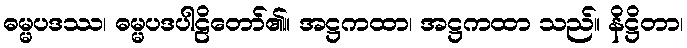
ဓမ္မပဒဿ၊ ဓမ္မပဒပါဠိတော်၏။ အဋ္ဌကထာ၊ အဋ္ဌကထာ သည်။ နိဋ္ဌိတာ၊